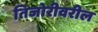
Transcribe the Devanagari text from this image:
तिजोरीवरील